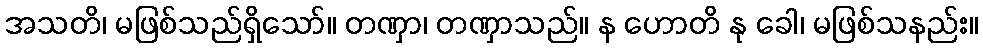
အသတိ၊ မဖြစ်သည်ရှိသော်။ တဏှာ၊ တဏှာသည်။ န ဟောတိ နု ခေါ၊ မဖြစ်သနည်း။